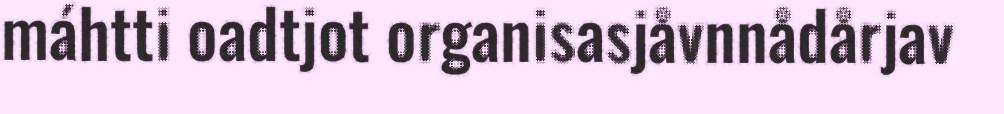
máhtti oadtjot organisasjåvnnådårjav